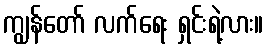
ကျွန်တော် လက်ရေး ရှင်းရဲ့လား။